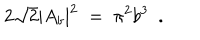
2 \sqrt 2 | A _ { b } | ^ { 2 } \; = \; \pi ^ { 2 } b ^ { 3 } \ \ .